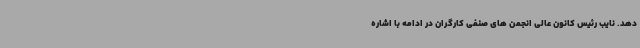
دهد. نایب رئیس کانون عالی انجمن های صنفی کارگران در ادامه با اشاره